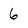
Character: 6